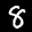
Label: 8